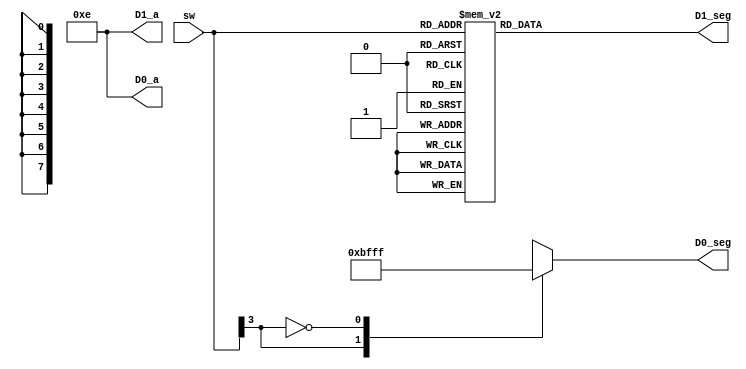
module signedDisplay(input [3:0] sw, output reg [7:0] D1_seg, D0_seg, output [3:0] D1_a, D0_a);
    always @(sw) begin
        case(sw)
            4'b0000 : D1_seg = 8'b11000000; // 0
            4'b0001 : D1_seg = 8'b11111001; // 1
            4'b0010 : D1_seg = 8'b10100100; // 2
            4'b0011 : D1_seg = 8'b10110000; // 3
            4'b0100 : D1_seg = 8'b10011001; // 4
            4'b0101 : D1_seg = 8'b10010010; // 5
            4'b0110 : D1_seg = 8'b10000010; // 6 
            4'b0111 : D1_seg = 8'b11111000; // 7
            4'b1000 : D1_seg = 8'b10000000; // -8
            4'b1001 : D1_seg = 8'b11111000; // -7
            4'b1010 : D1_seg = 8'b10000010; // -6
            4'b1011 : D1_seg = 8'b10010010; // -5
            4'b1100 : D1_seg = 8'b10011001; // -4
            4'b1101 : D1_seg = 8'b10110000; // -3
            4'b1110 : D1_seg = 8'b10100100; // -2
            4'b1111 : D1_seg = 8'b11111001; // -1
        endcase
        casez(sw)
            4'b1zzz : D0_seg = 8'b10111111; // negative
            4'b0zzz : D0_seg = 8'b11111111; // positive
        endcase
    end

    assign D1_a = {1'b1, 1'b1, 1'b1, 1'b0};
    assign D0_a = {1'b1, 1'b1, 1'b1, 1'b0};

endmodule